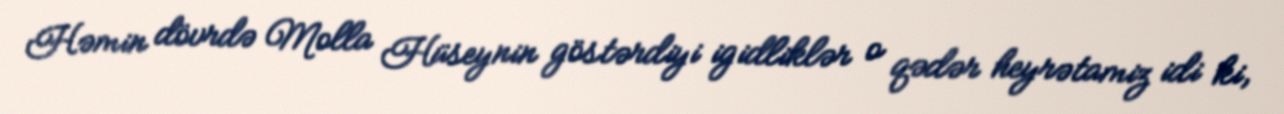
Həmin dövrdə Molla Hüseynin göstərdiyi igidliklər o qədər heyrətamiz idi ki,